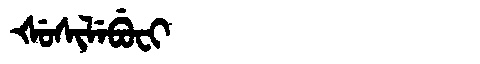
Manchu: ᡧᡠᠰᡳᠯᡝᠪᡠᠸᡳ
Romanization: ŠUSILEBUFI